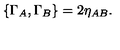
{ \lbrace \Gamma _ { A } , \Gamma _ { B } \rbrace = 2 \eta _ { A B } . }